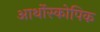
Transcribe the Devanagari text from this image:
आर्थोस्कोपिक